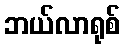
ဘယ်လာရုစ်